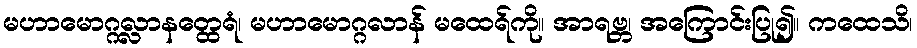
မဟာမောဂ္ဂလ္လာနတ္ထေရံ၊ မဟာမောဂ္ဂလာန် မထေရ်ကို။ အာရဗ္ဘ၊ အကြောင်းပြု၍။ ကထေသိ၊